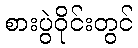
စားပွဲဝိုင်းတွင်